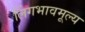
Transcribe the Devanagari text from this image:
लिंगभावमूल्य